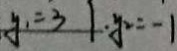
y _ { 1 } = 3 1 \cdot y ^ { 2 } = - 1